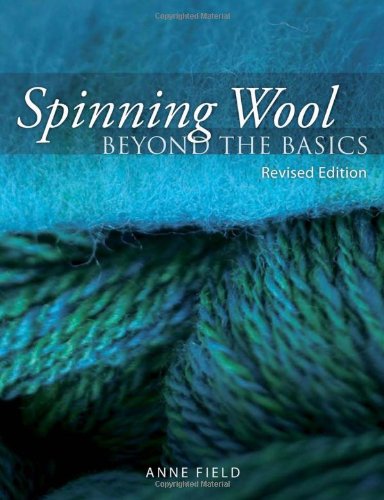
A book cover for Spinning Wool: Beyond the Basics; Anne Field; Crafts, Hobbies & Home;